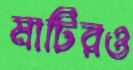
মাটিরও